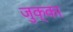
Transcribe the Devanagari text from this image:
जुक्का